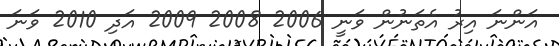
އަންނަ އިރު އެތަނުން ވަނީ 2006 2008 2009 އަދި 2010 ވަނަ